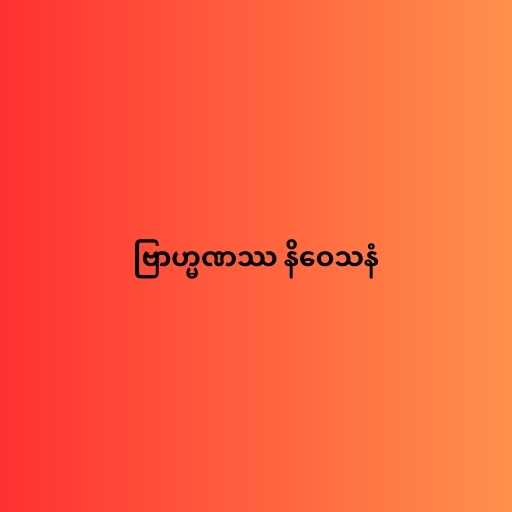
ဗြာဟ္မဏဿ နိဝေသနံ